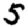
Digit: 5